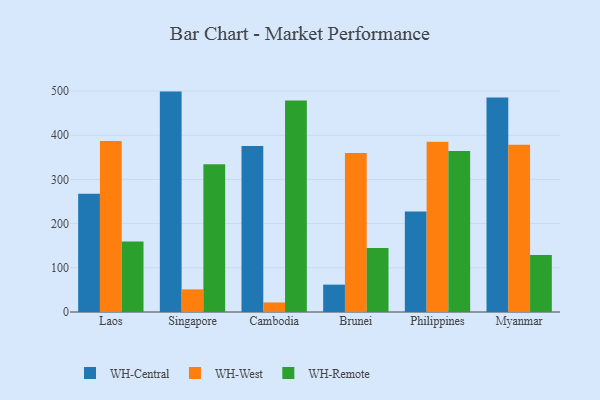
{"axis": {"x": "Country", "y": "Operating Costs (USD K)"}, "legend": ["WH-Central", "WH-Remote", "WH-West"], "data": [{"x": "Laos", "y": 267.4, "type": "WH-Central"}, {"x": "Laos", "y": 386.8, "type": "WH-West"}, {"x": "Laos", "y": 159.7, "type": "WH-Remote"}, {"x": "Singapore", "y": 498.8, "type": "WH-Central"}, {"x": "Singapore", "y": 51.2, "type": "WH-West"}, {"x": "Singapore", "y": 334.2, "type": "WH-Remote"}, {"x": "Cambodia", "y": 375.7, "type": "WH-Central"}, {"x": "Cambodia", "y": 21.6, "type": "WH-West"}, {"x": "Cambodia", "y": 478.5, "type": "WH-Remote"}, {"x": "Brunei", "y": 61.9, "type": "WH-Central"}, {"x": "Brunei", "y": 360.1, "type": "WH-West"}, {"x": "Brunei", "y": 144.8, "type": "WH-Remote"}, {"x": "Philippines", "y": 227.4, "type": "WH-Central"}, {"x": "Philippines", "y": 385.3, "type": "WH-West"}, {"x": "Philippines", "y": 364.3, "type": "WH-Remote"}, {"x": "Myanmar", "y": 485.5, "type": "WH-Central"}, {"x": "Myanmar", "y": 378.7, "type": "WH-West"}, {"x": "Myanmar", "y": 128.9, "type": "WH-Remote"}]}